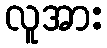
လူအား